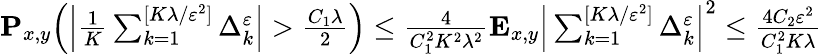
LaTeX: \begin{array}{r}{\mathbf{P}_{x,y}\Big(\Big|\frac{1}{K}\sum_{k=1}^{[K\lambda/\varepsilon^{2}]}\Delta_{k}^{\varepsilon}\Big|>\frac{C_{1}\lambda}{2}\Big)\leq\frac{4}{C_{1}^{2}K^{2}\lambda^{2}}\mathbf{E}_{x,y}\Big|\sum_{k=1}^{[K\lambda/\varepsilon^{2}]}\Delta_{k}^{\varepsilon}\Big|^{2}\leq\frac{4C_{2}\varepsilon^{2}}{C_{1}^{2}K\lambda}}\end{array}